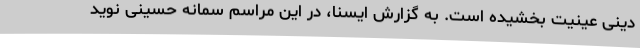
دینی عینیت بخشیده است. به گزارش ایسنا، در این مراسم سمانه حسینی نوید